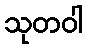
သုတဝါ